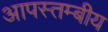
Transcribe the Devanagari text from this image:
आपस्तम्बीय